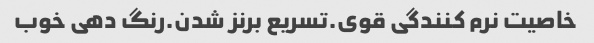
خاصیت نرم کنندگی قوی.تسریع برنز شدن.رنگ دهی خوب